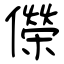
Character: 儝